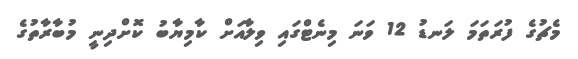
މެޗުގެ ފުރަތަމަ ލަނޑު 12 ވަނަ މިނެޓްގައި ވިލާއަށް ކާމިޔާބު ކޮށްދިނީ މުބާރާތުގެ